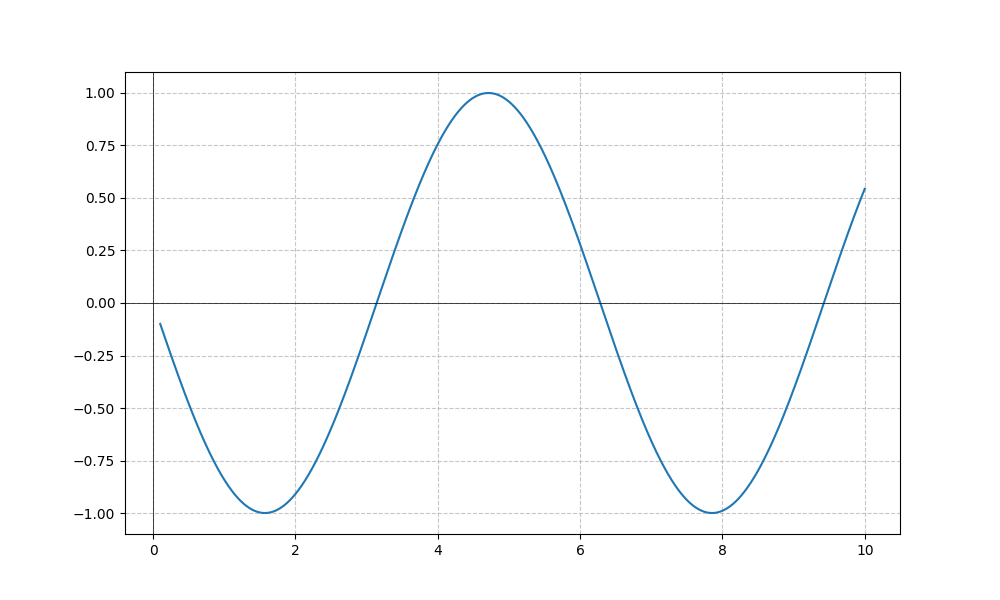
LaTeX formula: - \sin{\left(x \right)}